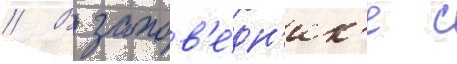
// В запов'е́дн'ик'е с